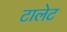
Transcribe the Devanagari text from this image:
टालेट